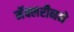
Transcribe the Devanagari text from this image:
मॅक्लरीनने